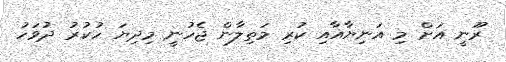
ރޫނީ އަށް މި އަނިޔާއާއި ކުރި މަތިލާން ޖެހުނީ މިދިޔަ ހުކުރު ދުވަހު